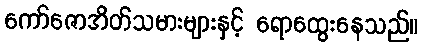
ကော်ဇောအိတ်သမားများနှင့် ရောထွေးနေသည်။